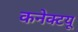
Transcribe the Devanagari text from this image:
कनेक्टयू